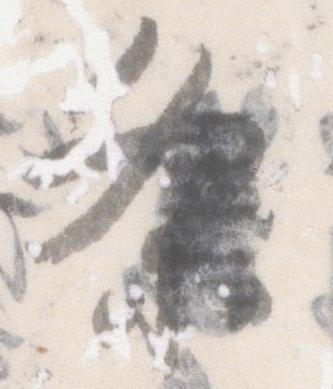
条